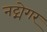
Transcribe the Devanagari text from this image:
नट्मेगर